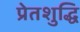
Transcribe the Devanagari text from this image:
प्रेतशुद्धि